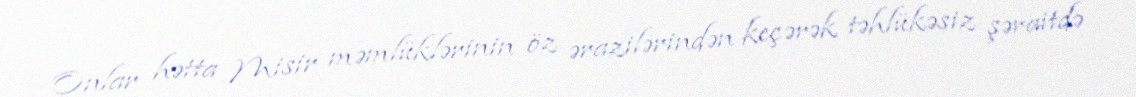
Onlar hətta Misir məmlüklərinin öz ərazilərindən keçərək təhlükəsiz şəraitdə